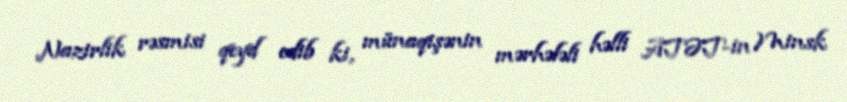
Nazirlik rəsmisi qeyd edib ki, münaqişənin mərhələli həlli ATƏT-in Minsk